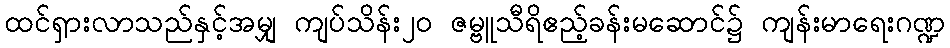
ထင်ရှားလာသည်နှင့်အမျှ ကျပ်သိန်း၂၀ ဇမ္ဗူသီရိဧည့်ခန်းမဆောင်၌ ကျန်းမာရေးဂဏ္ဍ